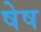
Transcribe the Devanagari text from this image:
षेष